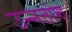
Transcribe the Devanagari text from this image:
उन्‍नतांश